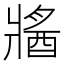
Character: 𤖕